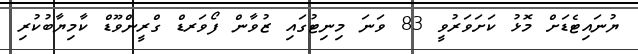
ޔުނައިޓެޑަށް މޮޅު ކަށަވަރުވީ 83 ވަނަ މިނިޓުގައި ޒުވާން ފޯވަރޑް ގްރީންވޫޑް ކާމިޔާބުކުރި